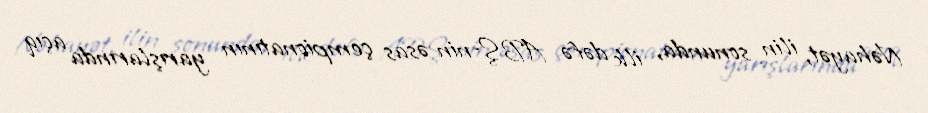
Nəhayət, ilin sonunda, ilk dəfə ABŞ-nin əsas çempionatının yarışlarında açıq